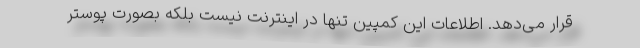
قرار می‌دهد. اطلاعات این کمپین تنها در اینترنت نیست بلکه بصورت پوستر